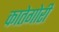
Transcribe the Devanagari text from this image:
कातेगोरी